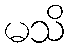
မသိ